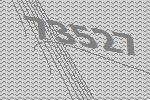
73527